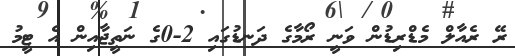
ރޭ ރެއާލް މެޑްރިޑުން ވަނީ ރޯމާގެ ދަނޑުގައި 2-0ގެ ނަތީޖާއިން އެ ޓީމު